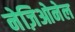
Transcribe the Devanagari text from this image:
नेज़िओनेल